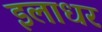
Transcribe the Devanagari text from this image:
इलाधर